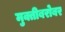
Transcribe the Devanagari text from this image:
मुक्तीबरोबर